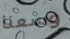
وسعنا